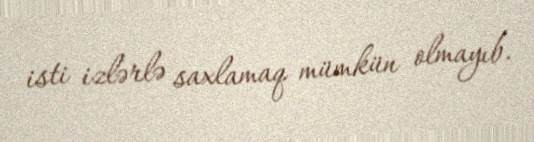
isti izlərlə saxlamaq mümkün olmayıb.